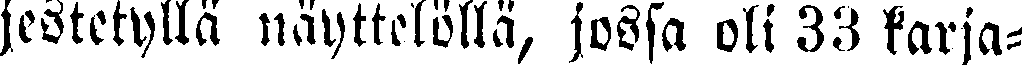
jestetyllä näyttelöllä, jossa oli 33 karja-